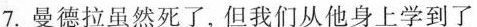
7.曼德拉虽然死了,但我们从他身上学到了